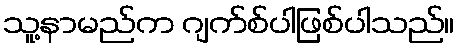
သူ့နာမည်က ဂျက်စ်ပါဖြစ်ပါသည်။